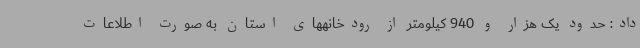
داد: حدود یک هزار و 940 کیلومتر از رودخانههای استان به صورت اطلاعات